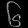
Digit: ၆